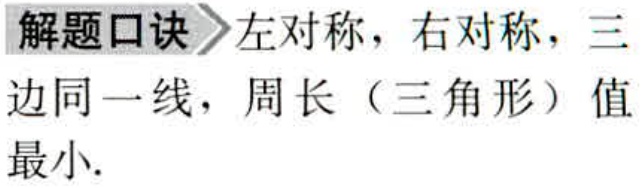
解题口诀 左对称，右对称，三边同一线，周长（三角形）值最小.